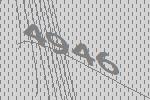
4946